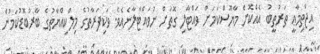
އިޖްތިމާޢީ ތަރުތީބު އެއްކޮށް މާޔޫސްކަމަށް ވައްޓާލި ގޮތަށް ނުވައްޓާލާނެއެވެ. ވަކިފަރާތުގެ މިލްކިއްޔާތުގެ ބާރުބޮޑުކަމުން